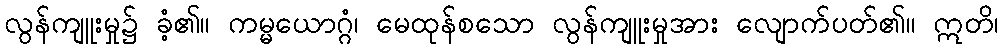
လွန်ကျူးမှု၌ ခံ့၏။ ကမ္မယောဂ္ဂံ၊ မေထုန်စသော လွန်ကျူးမှုအား လျောက်ပတ်၏။ ဣတိ၊